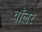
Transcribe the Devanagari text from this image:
वाँलर